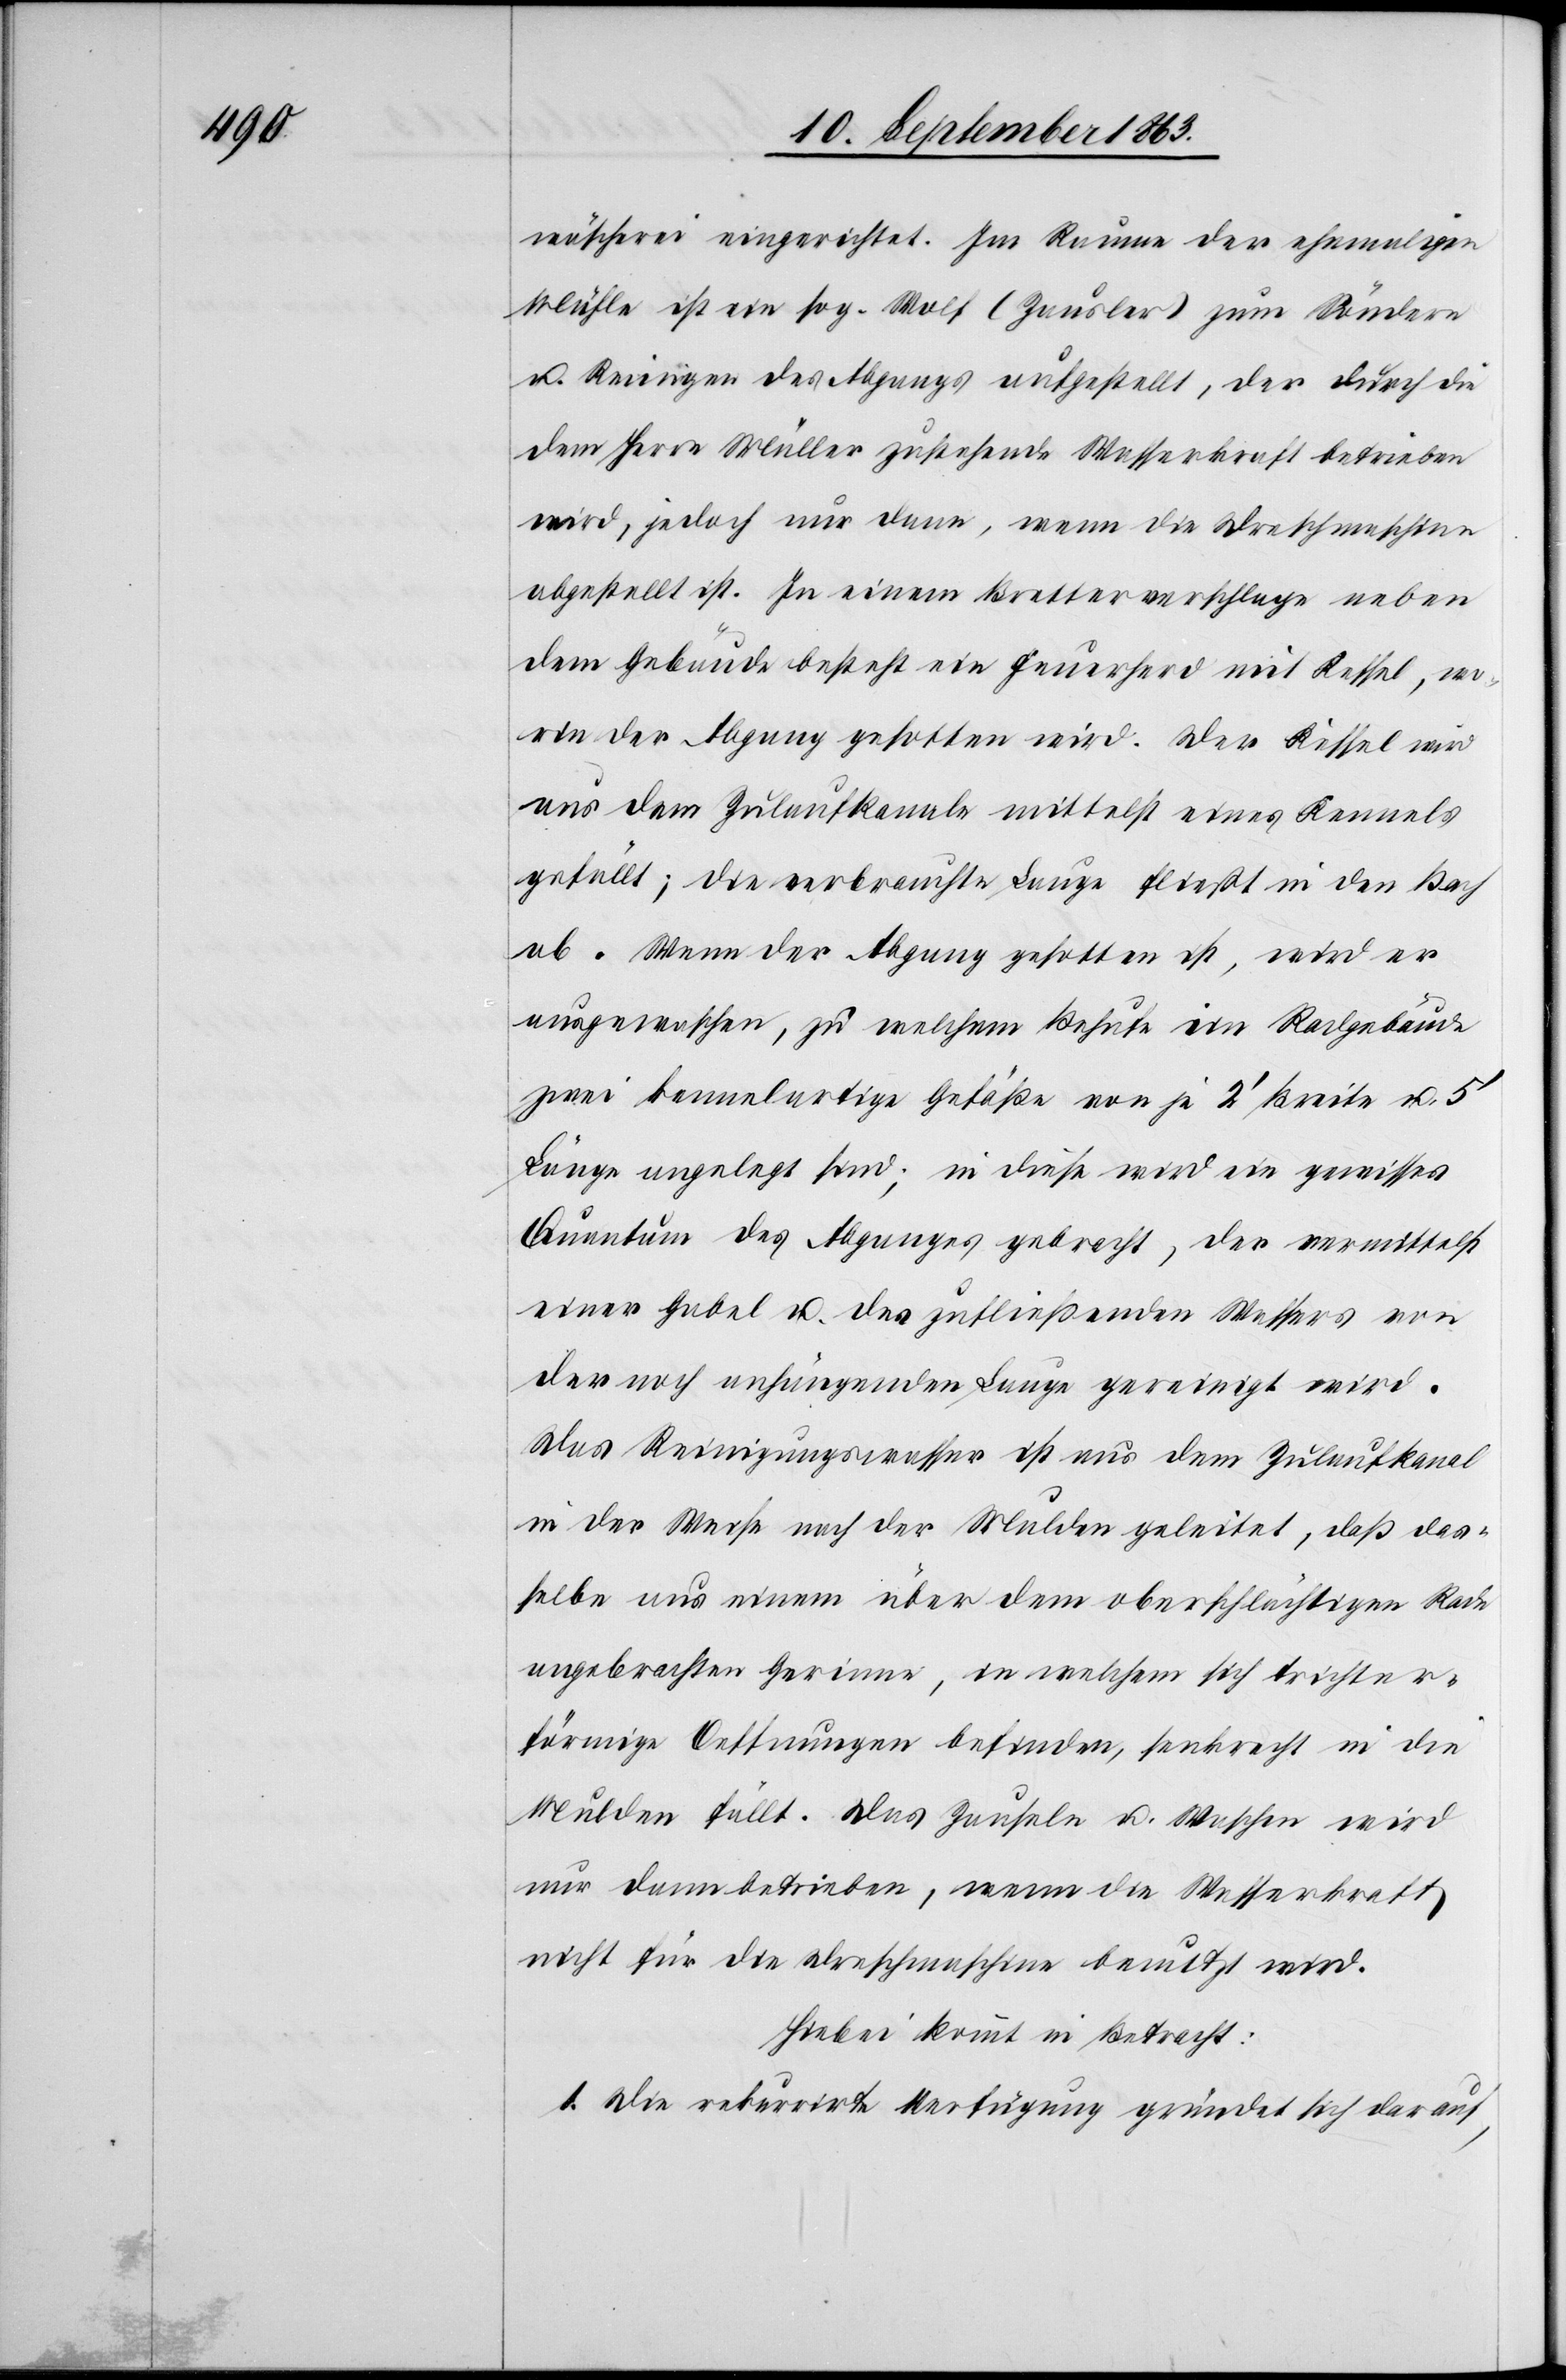
wäscherei eingerichtet. Im Raume der ehemaligen
Mühle ist ein sog. Wolf (Zausler) zum Söndern
u. Reinigen des Abgangs aufgestellt, der durch die
dem Herrn Müller zustehende Wasserkraft betrieben
wird, jedoch nur dann, wenn die Dreschmaschine
abgestellt ist. In einem Bretterverschlage neben
dem Gebäude besteht ein Feuerherd mit Kessel, wo¬
rin der Abgang gesotten wird. Der Kessel wird
aus dem Zulaufkanale mittelst eines Kennels
gefällt; die verbrauchte Lauge fließt in den Bach
ab. Wenn der Abgang gesotten ist, wird er
ausgewaschen, zu welchem Behufe im Radgebäude
zwei kennelartige Gefäße von je 2' Breite u. 5'
Länge angelegt sind; in diese wird ein gewisses
Quantum des Abganges gebracht, der vermittelst
einer Gabel u. des zufließenden Wassers von
der noch anhängenden Lauge gereinigt wird.
Das Reinigungswasser ist aus dem Zulaufkanal
in der Weise nach der Mulden geleitet, daß das¬
selbe aus einem über dem oberschlächtigen Rade
angebrachten Gerinne, in welchem sich trichter¬
förmige Oeffnungen befinden, senkrecht in die
Mulden fällt. Das Zauslern u. Waschen wird
nur dann betrieben, wenn die Wasserkraft
nicht für die Drehmaschine benutzt wird.
Hiebei kommt in Betracht:
1. Die rekurrirte Verfügung gründet sich darauf,